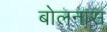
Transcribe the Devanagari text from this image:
बोलनास